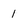
Character: 1